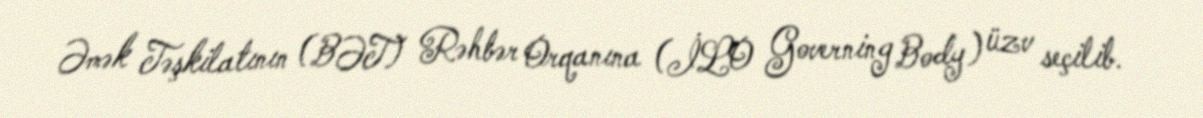
Əmək Təşkilatının (BƏT) Rəhbər Orqanına (İLO Governing Body) üzv seçilib.